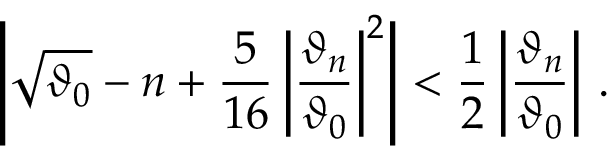
\left| \sqrt { \vartheta _ { 0 } } - n + \frac { 5 } { 1 6 } \left| \frac { \vartheta _ { n } } { \vartheta _ { 0 } } \right| ^ { 2 } \right| < \frac { 1 } { 2 } \left| \frac { \vartheta _ { n } } { \vartheta _ { 0 } } \right| \, .